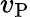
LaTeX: v_{\mathrm{P}}